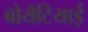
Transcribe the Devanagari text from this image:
बोयेटियाई